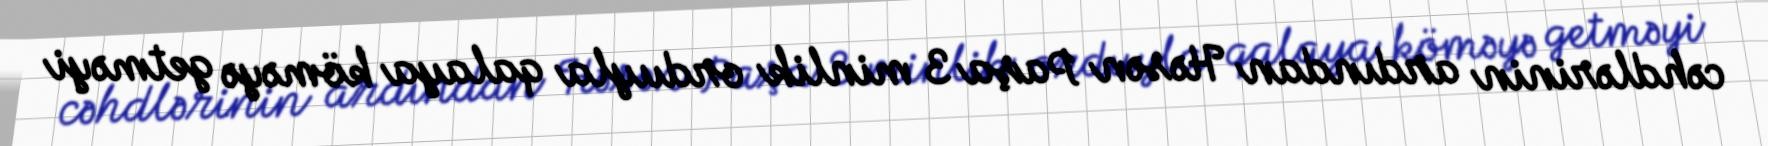
cəhdlərinin ardından Həsən Paşa 3 minlik orduyla qalaya köməyə getməyi